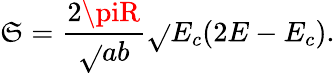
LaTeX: \mathfrak{S}=\frac{{2\piR}}{{\sqrt{}{{ab}}}}\sqrt{}{{E_{c}(2E-E_{c})}}.